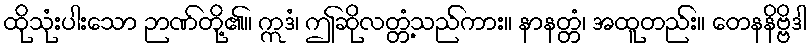
ထိုသုံးပါးသော ဉာဏ်တို့၏။ ဣဒံ၊ ဤဆိုလတ္တံ့သည်ကား။ နာနတ္တံ၊ အထူတည်း။ တေနနိဗ္ဗိဒါ